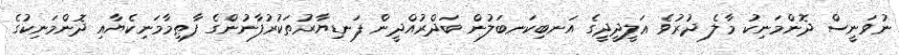
ނުވަނީސް ދޮންމަނިކު މާލެ ދުރުވެ ޢަލީދީދީގެ އަނބިކަނބަލުން ބަދްރުއްދީން ފަނޑިޔާރުތަކުރުފާނުންގެ ފާޠިމާމަނިކެޔާއި ދޮންމަނިކުގެ